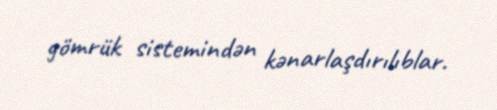
gömrük sistemindən kənarlaşdırılıblar.